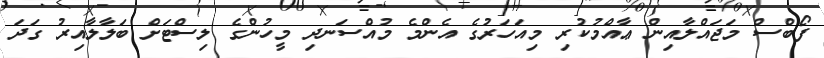
ފޯބްސް މަޖައްލާއިން ޢާއްމުކުރި މިއަހަރުގެ އެންމެ މުއްސަނދި މީހުންގެ ލިސްޓަށް ބަލާލާއިރު ގަދަ